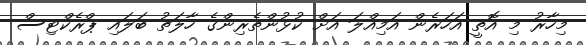
މިހާރު މި އޮތީ އަހަރެން އަމިއްލަ އަށް ކުޅުންތެރިންގެ ހާލަތު ބަލައި ޕްރެކްޓިސް